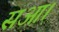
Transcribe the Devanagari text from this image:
सआ।